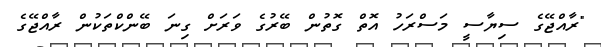
"ރާއްޖޭގެ ސިޔާސީ މަސްރަހު އޮތް ގޮތުން ބޭރުގެ ވަރަށް ގިނަ ބޭންކްތަކުން ރާއްޖޭގެ